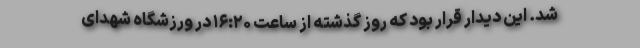
شد. این دیدار قرار بود که روز گذشته از ساعت ۱۶:۲۰ در ورزشگاه شهدای